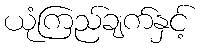
ယုံကြည်ချက်နှင့်